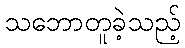
သဘောတူခဲ့သည့်